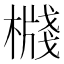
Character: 𣚙